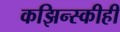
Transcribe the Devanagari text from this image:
कझिन्स्कीही